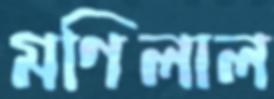
মণিলাল